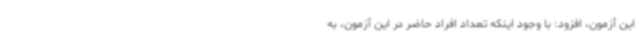
این آزمون، افزود: با وجود اینکه تعداد افراد حاضر در این آزمون، به